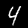
Label: 4